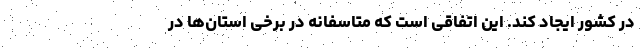
در کشور ایجاد کند. این اتفاقی است که متاسفانه در برخی استان‌ها در